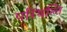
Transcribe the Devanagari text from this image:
परियन्ति